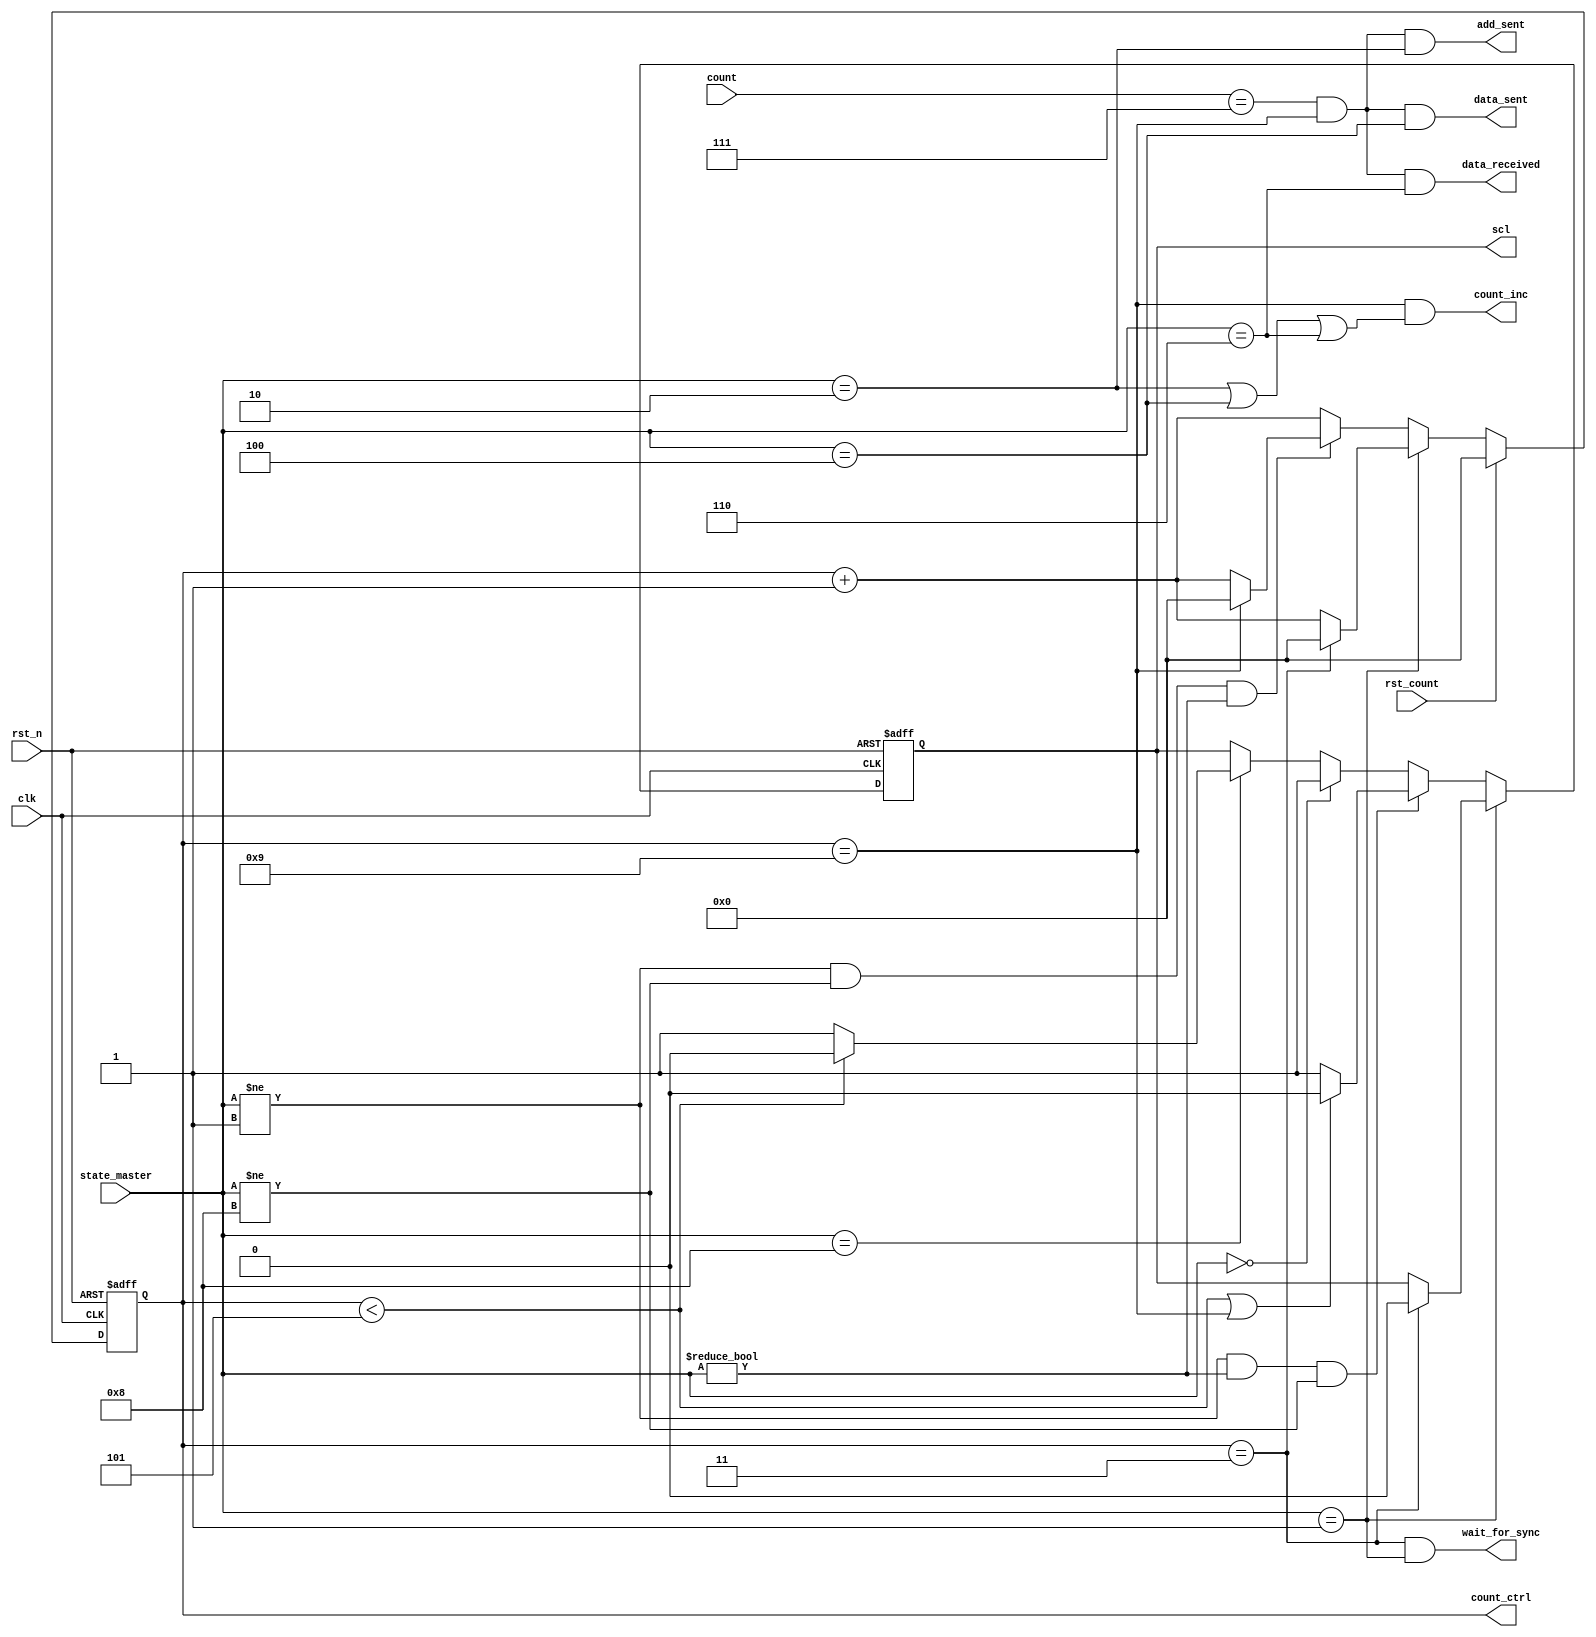
module scl_generate #(
    //parameter THRESHOLD     = 2,
    parameter T_LOW         = 6,
    parameter T_HIGH        = 4,  //SCL is LOW for T_LOW*CLK_PERIOD and HIGH for T_HIGH*CLK_PERIOD
    parameter ADDR_LEN      = 7,
    parameter SETUP_SCL_START = 4,
    parameter DATA_LEN      = 8
)(
    input              clk,
    input              rst_n,
    input [3:0]        state_master,
    input              rst_count,
    input [3:0]        count,
    output reg [6:0]   count_ctrl,
    output reg         scl,
    output             wait_for_sync,
    output             add_sent,
    output             data_received,
    output             data_sent,
    output             count_inc
);


    parameter Idle            = 4'b0000;
    parameter Ready           = 4'b0001;
    parameter Send_Address    = 4'b0010;
    parameter Check_ACK_addr  = 4'b0011;
    parameter Write_Data      = 4'b0100;
    parameter Check_ACK_data  = 4'b0101;
    parameter Read_Data       = 4'b0110;
    parameter Send_ACK        = 4'b0111;
    parameter Stop            = 4'b1000;

//always block for count_ctrl
always @(posedge clk or negedge rst_n) begin
    if(~rst_n) begin
        count_ctrl <= 0;
    end else begin
        if (rst_count) begin
            count_ctrl <= 0;
        end else begin
            if (state_master == Ready) begin
                if(count_ctrl == (SETUP_SCL_START-1)) begin
                    count_ctrl <= 0;
                end else begin
                    count_ctrl <= count_ctrl + 1;
                end
            end else if(state_master != Ready && state_master != Stop && state_master!=Idle) begin
                if (count_ctrl == (T_LOW+T_HIGH-1)) begin
                    count_ctrl <= 0;
                end else begin
                    count_ctrl <= count_ctrl + 1; 
                end
            end else begin //what happens to cnt cntrl in other states?
                count_ctrl <= count_ctrl + 1;
            end
        end
    end
end

//always block for scl
always @(posedge clk or negedge rst_n) begin
    if (~rst_n) begin
        scl <= 1'b1; //check
    end else begin
        if (state_master == Ready) begin
            if (count_ctrl == SETUP_SCL_START-1) begin
                scl <= 1'b0;
            end
        end else if(state_master != Ready && state_master != Idle && state_master != Stop) begin
            if(count_ctrl < T_LOW -1 || count_ctrl == (T_HIGH + T_LOW -1) ) begin
                scl <= 1'b0;
            end else begin
                scl <= 1'b1;
            end
        end
        else if(state_master == Idle) begin
            scl <= 1'b1;
        end
        else if(state_master == Stop) begin
            if(count_ctrl < T_LOW -1) begin
                scl <= 1'b0;
            end else if (count_ctrl == T_HIGH+T_LOW -1 ) begin
                scl <= 1'b1;
            end
            else  begin
                scl <= 1'b1;
            end
        end
    end
end

    assign wait_for_sync = (count_ctrl == (SETUP_SCL_START-1)) && (state_master == Ready);
    assign add_sent      = (count      == ADDR_LEN) && (count_ctrl == T_HIGH + T_LOW -1 ) && (state_master == Send_Address);
    assign data_received = (count      == DATA_LEN-1) && (count_ctrl == T_HIGH + T_LOW - 1) && (state_master == Read_Data);
    assign data_sent     = (count      == DATA_LEN-1) && (count_ctrl == T_HIGH + T_LOW - 1) && (state_master == Write_Data);
    assign count_inc     = (count_ctrl == T_HIGH + T_LOW - 1) && (state_master == Send_Address || state_master == Write_Data|| state_master == Read_Data);

endmodule